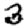
Digit: 3